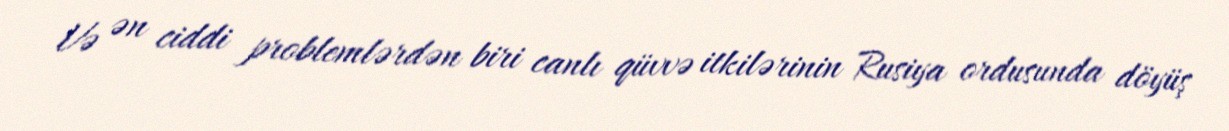
Və ən ciddi problemlərdən biri canlı qüvvə itkilərinin Rusiya ordusunda döyüş